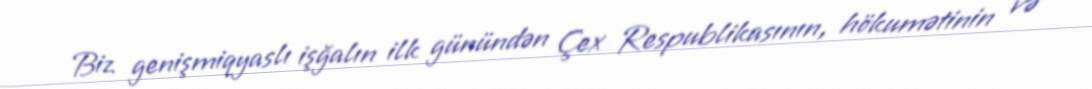
Biz genişmiqyaslı işğalın ilk günündən Çex Respublikasının, hökumətinin və